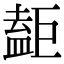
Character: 𥂇